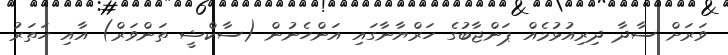
ވަރަށް ސާދާ ދިރިއުޅުމެއް ޕަންޖާބުގެ ހަރްޔާނާގައި އަންހެނުން (ސާކްޝީ ތަންވަރް) އާއި ހަތަރު